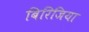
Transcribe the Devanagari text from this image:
बिरिजिया